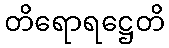
တိရောရဋ္ဌေတိ